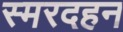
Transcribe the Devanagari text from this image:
स्मरदहन